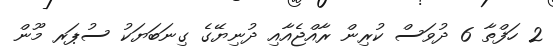
2 ހަފްތާ 6 ދުވަސް ކުރިން ރާއްޖެއާއި ދުނިޔޭގެ ގިނަބަޔަކު ސުޕަރ މޫން